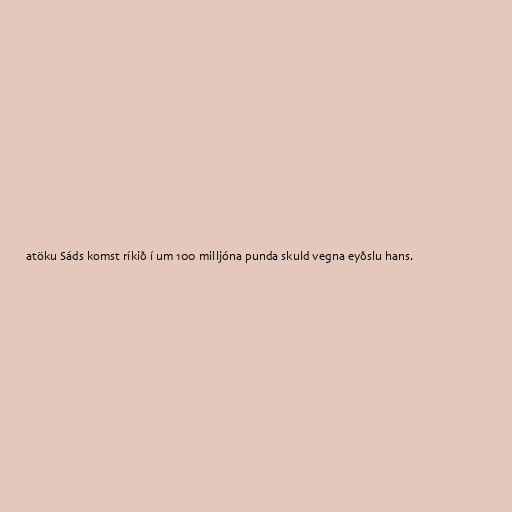
atöku Sáds komst ríkið í um 100 milljóna punda skuld vegna eyðslu hans.